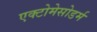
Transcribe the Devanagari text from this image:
एक्टोमेसोडर्म